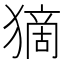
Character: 𤠻